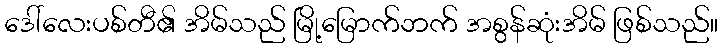
ဒေါ်လေးပစ်တီ၏ အိမ်သည် မြို့မြောက်ဘက် အစွန်ဆုံးအိမ် ဖြစ်သည်။